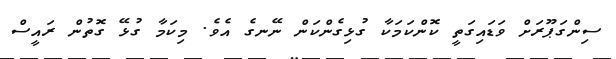
ސިންގަޕޫރަށް ވަޑައިގަތީ ކޮންކަމަކާ ގުޅިގެންކަން ނޭނގެ އެވެ. މިކަމާ ގުޅޭ ގޮތުން ރައީސް